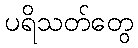
ပရိသတ်တွေ